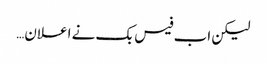
لیکن اب فیس بک نے اعلان…